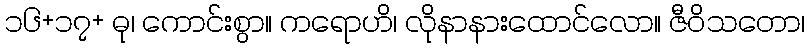
၁၆+၁၇+ ဓု၊ ကောင်းစွာ။ ကရောဟိ၊ လိုနာနားထောင်လော။ ဇီဝိသတော၊